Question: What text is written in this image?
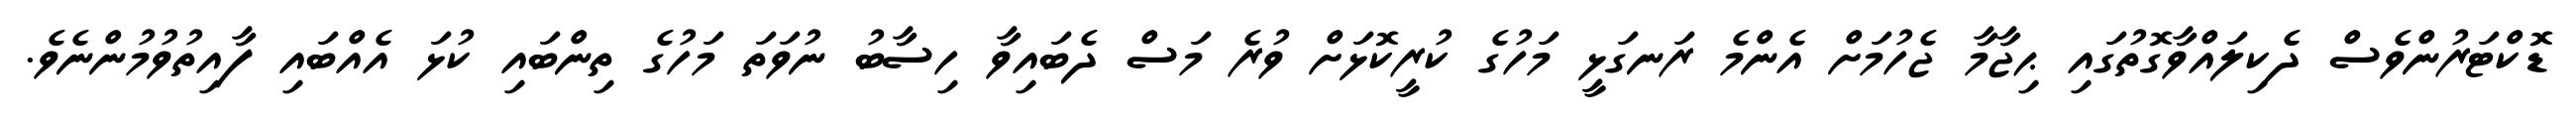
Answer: ޑޮކްޓަރުންވެސް ދެކިލައްވާގޮތުގައި ޙިޖާމާ ޖެހުމަށް އެންމެ ރަނގަޅީ މަހުގެ ކުރީކޮޅަށް ވުރެ މަސް ދެބައިވާ ހިސާބު ނުވަތަ މަހުގެ ތިންބައި ކުޅަ އެއްބައި ފާއިތުވުމުންނެވެ.